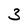
Character: 3